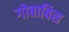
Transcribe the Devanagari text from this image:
गोबाबिस